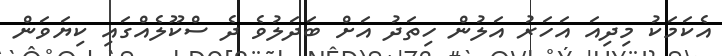
އެކަމަކު މިދިއަ އަހަރު އަލުން ހިތަދު އަށް ބަދަލުވެ ދެ ސްކޫލެއްގައި ކިޔަވަން